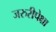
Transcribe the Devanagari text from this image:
जरुरीपेक्षा